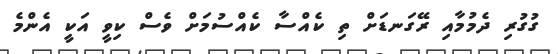
ގުގުރި ދެމުމާއި ރޭގަނޑަށް ތި ކެއްސާ ކެއްސުމަށް ވެސް ކިވީ އަކީ އެންމެ